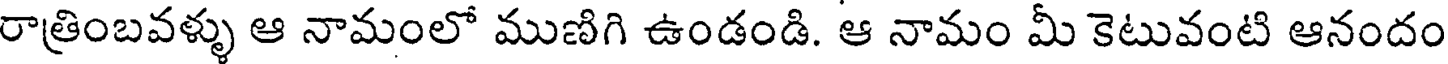
రాత్రింబవళ్ళు ఆ నామంలో ముణిగి ఉండండి. ఆ నామం మీ కెటువంటి ఆనందం